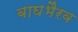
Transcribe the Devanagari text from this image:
बाघभैरव